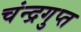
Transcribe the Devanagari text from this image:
चंन्द्रगुप्त